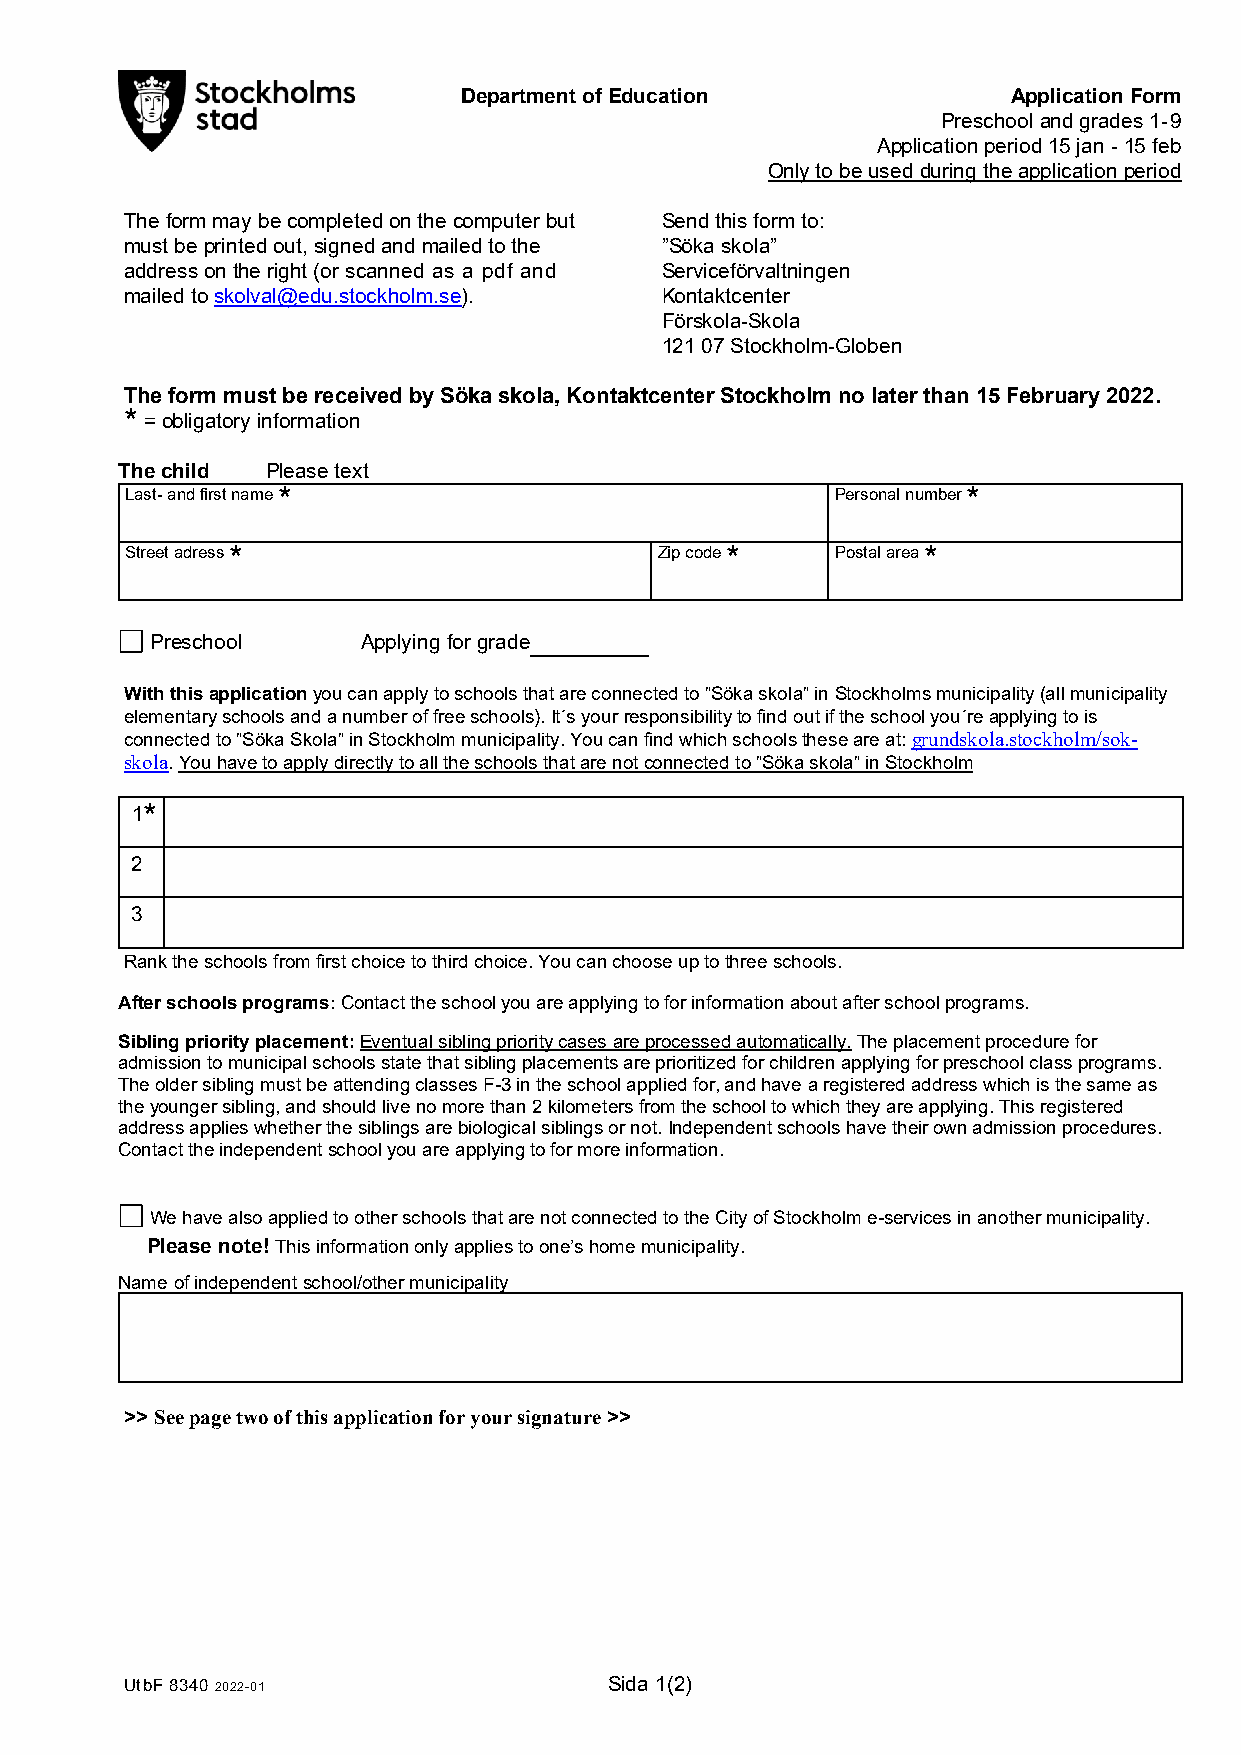
Department of Education              Application Form
 Preschool and grades 1-9
 Application period 15 jan - 15 feb
 Only to be used during the application period
 The form may be completed on the computer but Send this form to:
 must be printed out, signed and mailed to the ”Söka skola”
 address on the right (or scanned as a pdf and Serviceförvaltningen
 mailed to skolval@edu.stockholm.se). Kontaktcenter
 Förskola-Skola
 121 07 Stockholm-Globen
 The form must be received by Söka skola, Kontaktcenter Stockholm no later than 15 February 2022.
 *= obligatory information
 The child Please text
 Last- and first name *                         Personal number *
 Street adress *                     Zip code * Postal area *
 Preschool     Applying for grade
 With this application you can apply to schools that are connected to ”Söka skola” in Stockholms municipality (all municipality
 elementary schools and a number of free schools). It´s your responsibility to find out if the school you´re applying to is
 connected to ”Söka Skola” in Stockholm municipality. You can find which schools these are at: grundskola.stockholm/sok-
 skola. You have to apply directly to all the schools that are not connected to ”Söka skola” in Stockholm
 1*
 2
 3
 Rank the schools from first choice to third choice. You can choose up to three schools.
 After schools programs: Contact the school you are applying to for information about after school programs.
 Sibling priority placement: Eventual sibling priority cases are processed automatically. The placement procedure for
 admission to municipal schools state that sibling placements are prioritized for children applying for preschool class programs.
 The older sibling must be attending classes F-3 in the school applied for, and have a registered address which is the same as
 the younger sibling, and should live no more than 2 kilometers from the school to which they are applying. This registered
 address applies whether the siblings are biological siblings or not. Independent schools have their own admission procedures.
 Contact the independent school you are applying to for more information.
 We have also applied to other schools that are not connected to the City of Stockholm e-services in another municipality.
 Please note! This information only applies to one’s home municipality.
 Name of independent school/other municipality
 >>See page two of this application for your signature >>
 UtbF 8340 2022-01               Sida 1(2)